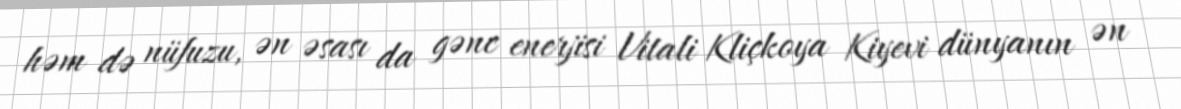
həm də nüfuzu, ən əsası da gənc enerjisi Vitali Kliçkoya Kiyevi dünyanın ən